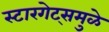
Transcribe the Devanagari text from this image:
स्टारगेट्समुळे